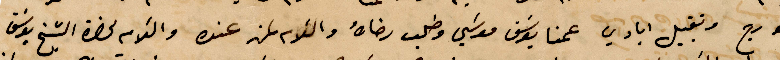
جورج وتقبيل ايادي عمنا يوسف موسي وطلب رضاه والسلام لمن عند والسلام لحضرة الشيخ يوسف